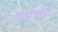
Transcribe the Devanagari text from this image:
उतापदाक्कता